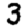
Digit: 3